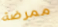
ممرضة